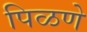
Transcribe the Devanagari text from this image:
पिळणे